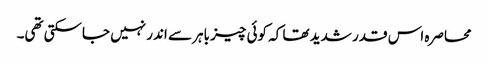
محاصرہ اس قدر شدید تھا کہ کوئی چیز باہر سے اندر نہیں جاسکتی تھی۔